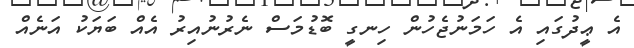
އެ ޢީދުގައި އެ ހަމަނުޖެހުން ހިނގީ ބޮޑުމަސް ނެރުނުއިރު އެއް ބަޔަކު އަނެއް